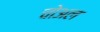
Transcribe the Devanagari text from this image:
चोअल